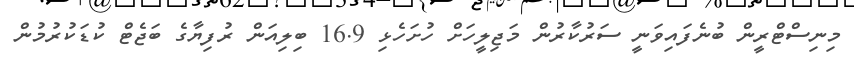
މިނިސްޓްރީން ބުނެފައިވަނީ ސަރުކާރުން މަޖިލީހަށް ހުށަހެޅި 16.9 ބިލިއަން ރުފިޔާގެ ބަޖެޓް ކުޑަކުރުމުން